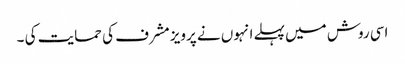
اسی روش میں پہلے انہوں نے پرویز مشرف کی حمایت کی ۔